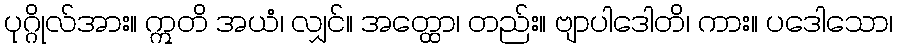
ပုဂ္ဂိုလ်အား။ ဣတိ အယံ၊ လျှင်။ အတ္ထော၊ တည်း။ ဗျာပါဒေါတိ၊ ကား။ ပဒေါသော၊